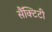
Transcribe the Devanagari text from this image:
सैंक्टिटी